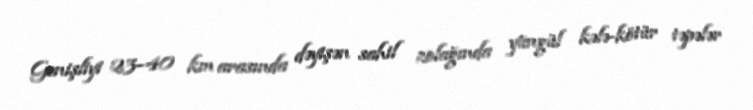
Genişliyi 23–40 km arasında dəyişən sahil zolağında yüngül kələ-kötür təpələr